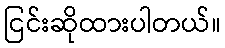
ငြင်းဆိုထားပါတယ်။